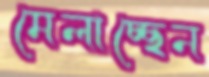
মেলাচ্ছেন